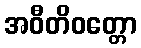
အဝီတိဝတ္တော